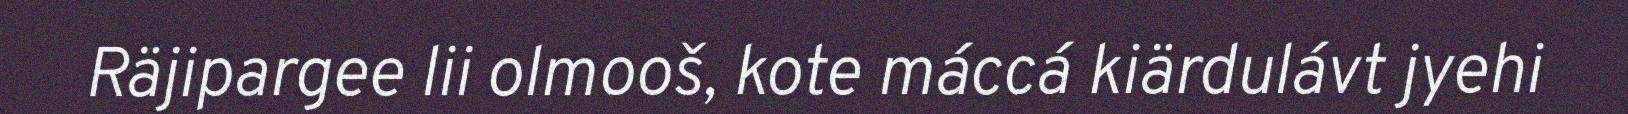
Räjipargee lii olmooš, kote máccá kiärdulávt jyehi